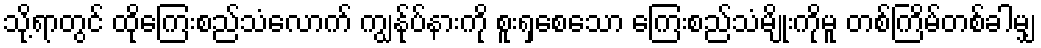
သို့ရာတွင် ထိုကြေးစည်သံလောက် ကျွန်ုပ်နားကို စူးရှစေသော ကြေးစည်သံမျိုးကိုမူ တစ်ကြိမ်တစ်ခါမျှ